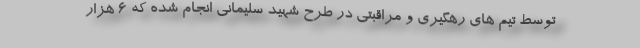
توسط تیم های رهگیری و مراقبتی در طرح شهید سلیمانی انجام شده که ۶ هزار